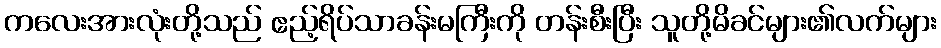
ကလေးအားလုံးတို့သည် ဧည့်ရိပ်သာခန်းမကြီးကို တန်းစီးပြီး သူတို့မိခင်များ၏လက်များ